Insane asylums in Bengal annual reports 1867-1875 - 1867-1875
Year: 1867
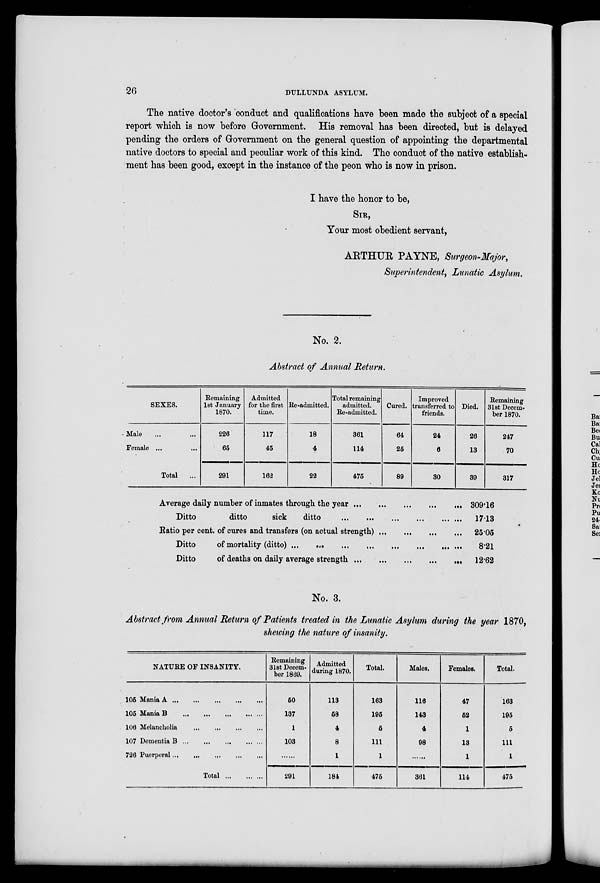
26
DULLUNDA ASYLUM.
The native doctor's conduct and qualifications have been made the subject of a special
report which is now before Government. His removal has been directed, but is delayed
pending the orders of Government on the general question of appointing the departmental
native doctors to special and peculiar work of this kind. The conduct of the native establish-
ment has been good, except in the instance of the peon who is now in prison.
I have the honor to be,
SIR,
Your most obedient servant,
ARTHUR PAYNE, Surgeon-Major,
Superintendent, Lunatic Asylum.
No. 2.
Abstract of Annual Return.
SEXES.
Male ... ...
Female ... ...
Total ...
Remaining
1st January
1870.
226
65
291
Admitted
for the first
time.
117
45
162
Re-admitted.
18
4
22
Total remaining
admitted.
Re-admitted.
361
114
475
Cured.
64
25
89
Improved
transferred to
friends.
24
6
30
Died.
26
13
39
Remaining
31st Decem-
ber 1870.
247
70
317
Average daily number of inmates through the year
...
...
...
...
...
Ditto
ditto
sick
ditto
...
...
...
...
...
...
Ratio per cent. of cures and transfers (on actual strength)
...
...
...
...
Ditto
of mortality (ditto) ... ... ... ... ...
Ditto
of deaths on daily average strength
...
...
...
...
...
309.16
17.13
25.05
8.21
12.62
No. 3.
Abstract from Annual Return of Patients treated in the Lunatic Asylum during the year 1870,
showing the nature of insanity.
NATURE OF INSANITY.
105 Mania A
...
...
...
...
...
105 Mania B
...
...
...
...
...
106 Melancholia ... ... ... ...
107 Dementia B
...
...
...
...
...
726 Puerperal
...
...
...
...
...
Total ... ... ...
Remaining
31st Decem-
ber 1869.
50
137
1
103
......
291
Admitted
during 1870.
113
58
4
8
1
184
Total.
163
195
5
111
1
475
Males.
116
143
4
98
......
361
Females.
47
52
1
13
1
114
Total.
163
195
5
111
1
475